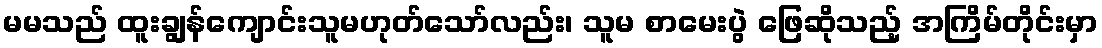
မမသည် ထူးချွန်ကျောင်းသူမဟုတ်သော်လည်း၊ သူမ စာမေးပွဲ ဖြေဆိုသည့် အကြိမ်တိုင်းမှာ